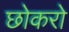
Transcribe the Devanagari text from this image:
छोकरो